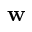
\mathbf { w }